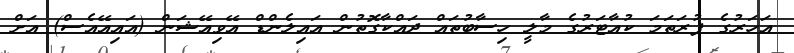
އަހަރުގެ ފުރަތަމަ ކުއާޓަރުގެ މާލީ ހިސާބުތައް ދައްކާގޮތުން އައިލެންޑް އޭވިއޭޝަން (އައިއޭއެސް) އަށް